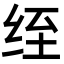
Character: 绖